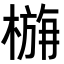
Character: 𭫛